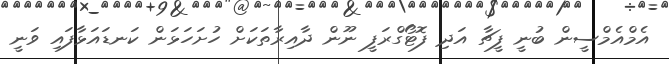
އެމްއެމްސީން ބުނީ ފީޗާ އަދި ފޮޓޯގްރަފީ ނޫން ދާއިރާތަކަށް ހުށަހަޅަން ކަނޑައަޅާފައި ވަނީ